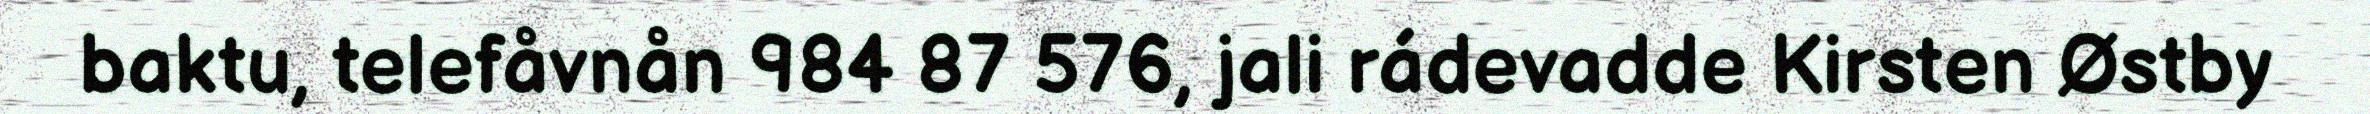
baktu, telefåvnån 984 87 576, jali rádevadde Kirsten Østby